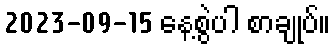
2023-09-15 နေ့စွဲပါ စာချုပ်။